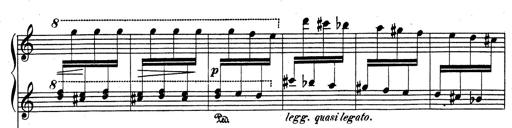
Title: Rhapsodie espagnole
Composer: Franz Liszt